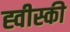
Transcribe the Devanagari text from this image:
ह्वीस्की